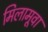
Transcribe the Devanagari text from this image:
मिलामूवा